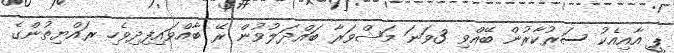
ޕީ އާއިއެކު ސަރުކާރުން ބޭއްވި 3ވަނަ މަޝްވަރާ ބައްދަލުވުން ރޭ ބާއްވައިފިދިވެހި ރައްޔިތުންގެ